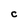
Character: C